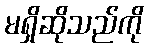
မရှိဆိုသည်ကို